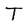
Character: T